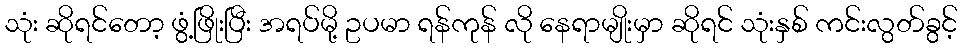
သုံး ဆိုရင်တော့ ဖွံ့ဖြိုးပြီး အရပ်မို့ ဥပမာ ရန်ကုန် လို နေရာမျိုးမှာ ဆိုရင် သုံးနှစ် ကင်းလွတ်ခွင့်